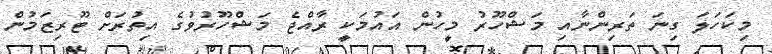
މިކަހަލަ ގިނަ ތަރިންނާއި މަޝްހޫރު މީހުން އައުމަކީ ރާއްޖެ މަޝްހޫރުވުގެ އިތުރަށް ޓޫރިޒަމުން